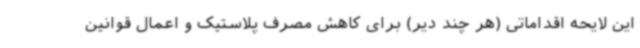
این لایحه اقداماتی (هر چند دیر) برای کاهش مصرف پلاستیک و اعمال قوانین